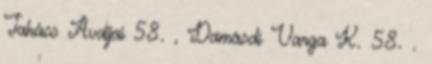
Takács Avdijai 58. , Damásdi Varga K. 58. .